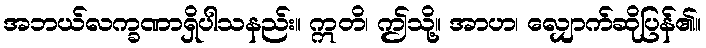
အဘယ်လက္ခဏာရှိပါသနည်း။ ဣတိ၊ ဤသို့။ အာဟ၊ လျှောက်ဆိုပြန်၏။